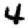
Digit: 4